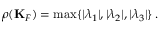
\rho ( { \bf K } _ { F } ) = \operatorname* { m a x } \{ | \lambda _ { 1 } | , | \lambda _ { 2 } | , | \lambda _ { 3 } | \} \, .